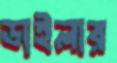
ডাইলার